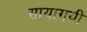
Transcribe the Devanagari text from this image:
सायागयी